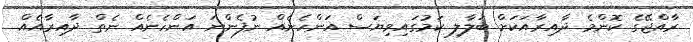
ރާއްޖޭގެ ކޮންމެ ދާއިރާއަކަށް ބަލާލި ކަމުގައިވިޔަސް އަންހެނެެއް ނުފެންނަ އަންހެނެއް ނެތް ދާއިރާއެއް